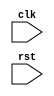
module your_module_name (
    input clk,
    input rst,
    // other input/output ports
);

always @ (posedge clk or negedge rst) begin
    // logic and operations to be executed on positive clock edge and negative reset edge
end

// other module implementations

endmodule